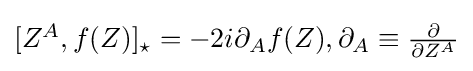
{\textstyle [Z^{A},f(Z)]_{\star }=-2i\partial _{A}f(Z),\partial _{A}\equiv {\frac {\partial }{\partial Z^{A}}}}